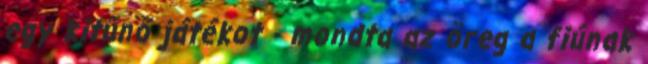
egy kitűnő játékot - mondta az öreg a fiúnak